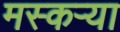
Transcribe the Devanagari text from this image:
मस्कऱ्या